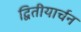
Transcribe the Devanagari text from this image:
द्वितीयार्चन